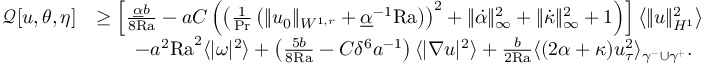
\begin{array} { r l } { \mathcal { Q } [ u , \theta , \eta ] } & { \geq \left[ \frac { \underline { { \alpha } } b } { 8 \mathrm { { R a } } } - a C \left( \left( \frac { 1 } { \mathrm { P r } } \left( \| u _ { 0 } \| _ { W ^ { 1 , r } } + \underline { { \alpha } } ^ { - 1 } \mathrm { { R a } } \right) \right) ^ { 2 } + \| \dot { \alpha } \| _ { \infty } ^ { 2 } + \| \dot { \kappa } \| _ { \infty } ^ { 2 } + 1 \right) \right] \left\langle \| u \| _ { H ^ { 1 } } ^ { 2 } \right\rangle } \\ & { \qquad - a ^ { 2 } { \mathrm { R a } } ^ { 2 } \langle | \omega | ^ { 2 } \rangle + \left( \frac { 5 b } { 8 \mathrm { { R a } } } - C \delta ^ { 6 } a ^ { - 1 } \right) \langle | \nabla u | ^ { 2 } \rangle + \frac { b } { 2 { \mathrm { R a } } } \langle ( 2 \alpha + \kappa ) u _ { \tau } ^ { 2 } \rangle _ { \gamma ^ { - } \cup \gamma ^ { + } } . } \end{array}